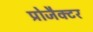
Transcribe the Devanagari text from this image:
प्रोजैक्टर